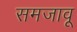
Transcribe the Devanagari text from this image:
समजावू